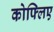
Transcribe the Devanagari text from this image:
कोफ्लिए